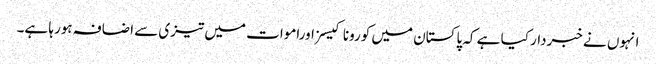
انہوں نے خبردار کیا ہے کہ پاکستان میں کورونا کیسزاوراموات میں تیزی سے اضافہ ہورہا ہے۔